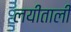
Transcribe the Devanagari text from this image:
लयीताली